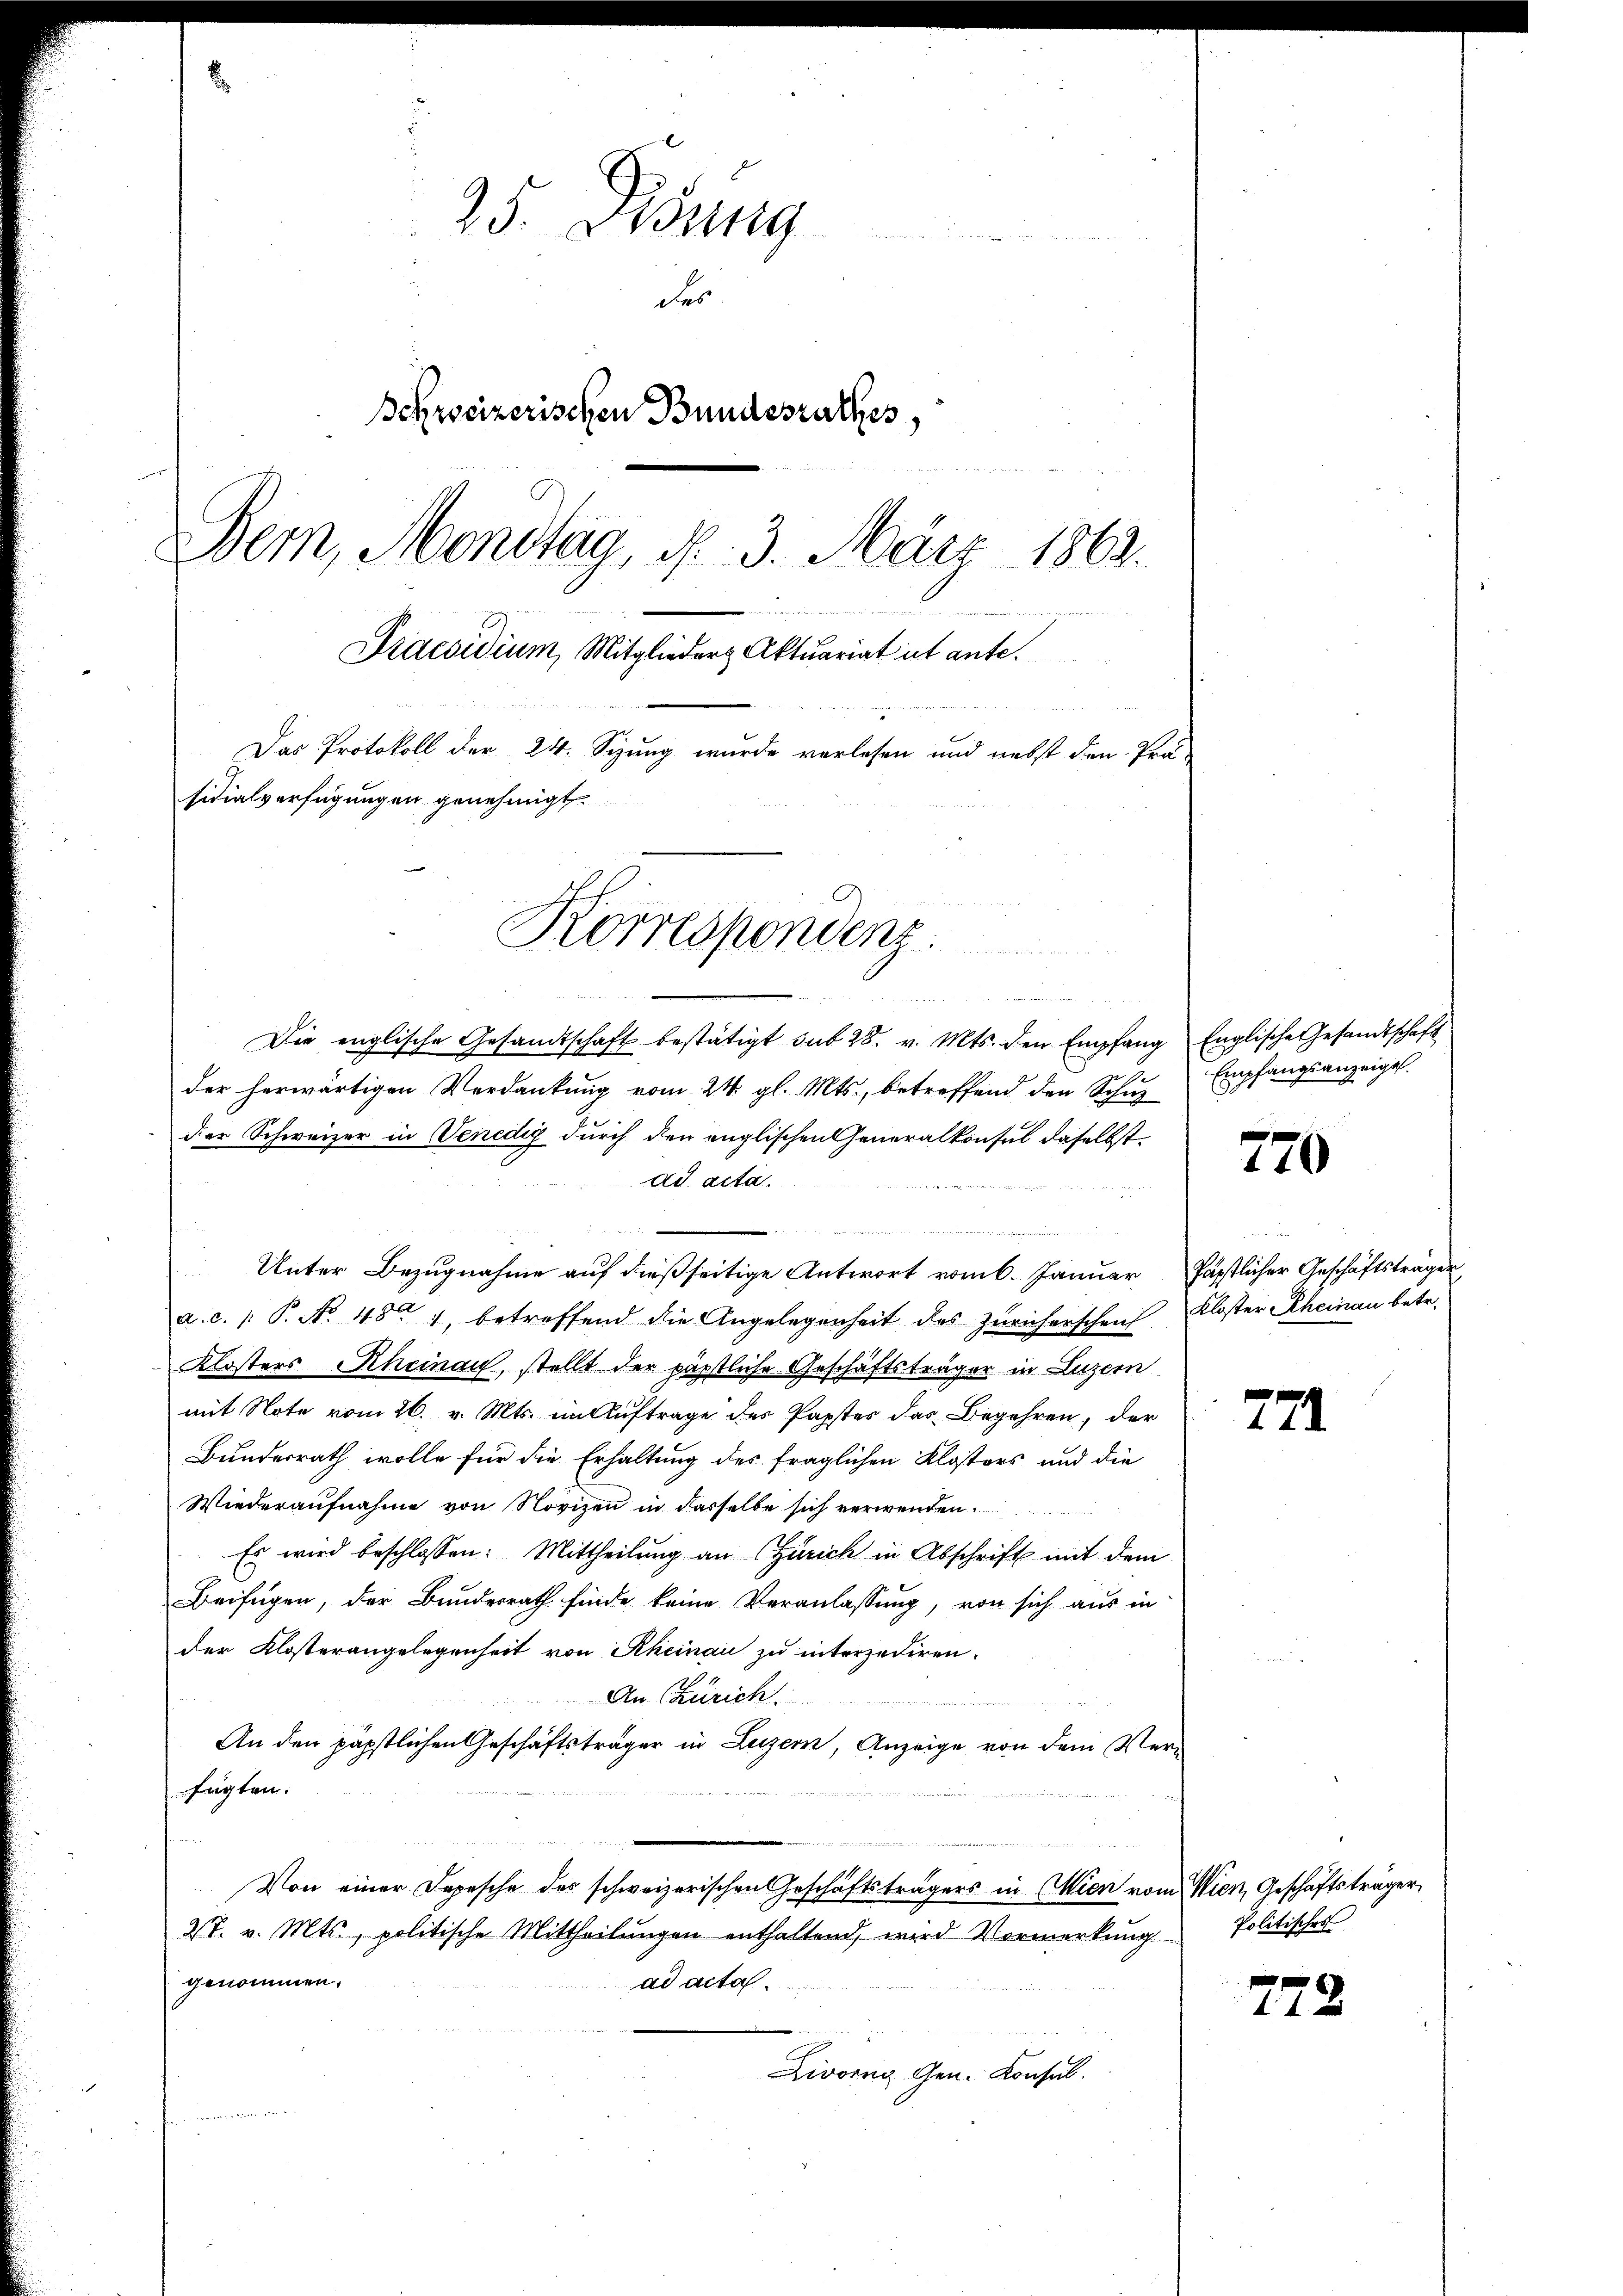
25. Jung
der
Schreizerischen Bundesrathes,
Bern, Mondtag, N. 3. März 1863.
Praesidium, Mitglieder Aktuariat ist ante.
Das Protokoll der 24. Sizung wurde verlesen und nebst den Präsidialverfügungen genehmigt.
Korrespondenz.

Die englische Gesandtschaft bestätigt sub 28. v. Mts. den Empfang Englische Gesandtschaft
5
der herwärtigen Verdankung vom 24. gl. Mts., betreffend den Schuz
der Schweizer in Venedig durch den englischen Generalkonsul daselbst.
ad acta.
und
Unter Bezugnahme auf dießseitige Antwort vom 6. Januar
a. c. P. No 48. 1, betreffend die Angelegenheit des Züricherschent
Klosters Rheinau, stellt der päpstliche Geschäftsträger in Luzern
mit Note vom 26. v. Mts. im Auftrage des Papstes das Begehren, der
Bundesrath wolle für die Erhaltung des fraglichen Klosters und die
Wiederaufnahme von Novizen in dasselbe sich verwenden
 Es wird beschlossen: Mittheilŭng an (Zürich in Abschrift mit dem
Beifügen, der Bundesrath finde keine Veranlassung, von sich aus in
der Klosterangelegenheit von Rheinau zu interzediren.
An Zürich
u
An den päpstlichen Geschäftsträger in Luzern, Anzeige von dem Verfügten.
Von einer Depesche des schweizerischen Geschäftsträgers in Wien vom Wien, Geschäftsträger,
W. v. Mts., politische Mittheilungen enthaltend, wird Vormerkung Politischer
genommen.
ad acta.
Zivorng Gen. Konsul
wenn der

Empfangsanzeigel.

770

Päpstlicher Geschäftsträgen
Kloster Rheinau betr.

771

772.